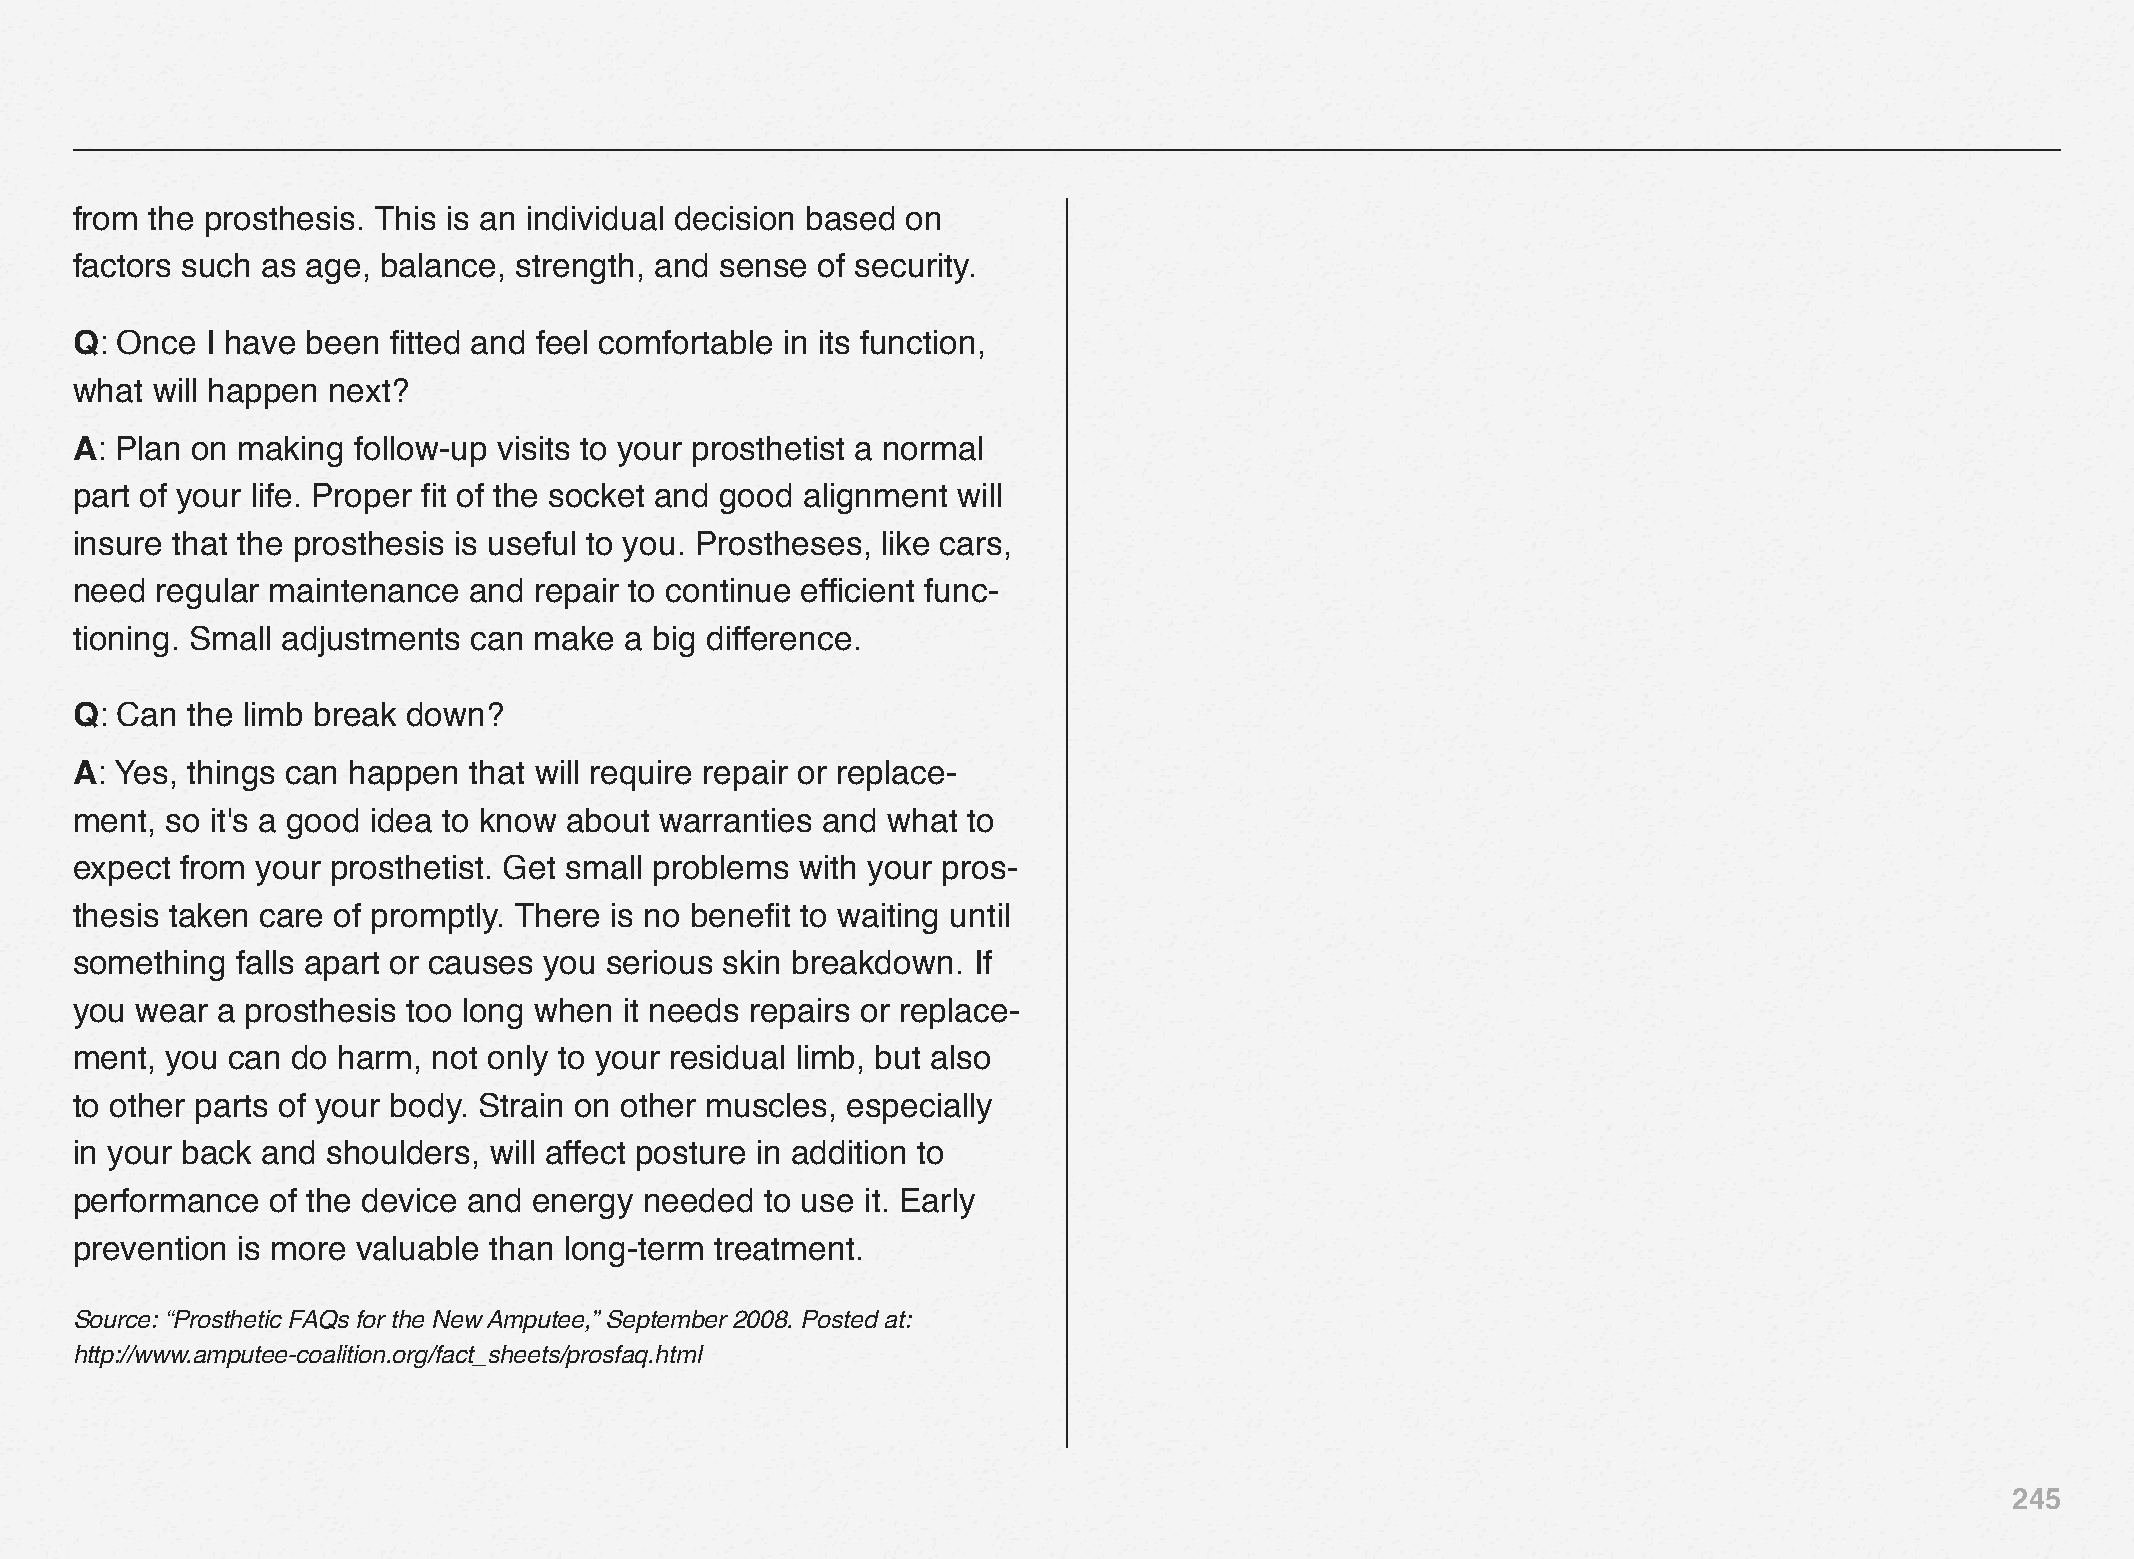
from the prosthesis. This is an individual decision based on
 factors such as age, balance, strength, and sense of security.
 Q: Once  I have been fitted and feel comfortable in its function,
 what will happen next?
 A: Plan on making follow-up visits to your prosthetist a normal
 part of your life. Proper fit of the socket and good alignment will
 insure that the prosthesis is useful to you. Prostheses, like cars,
 need regular maintenance  and repair to continue efficient func-
 tioning. Small adjustments can make a big difference.
 Q: Can the limb break down?
 A: Yes, things can happen that will require repair or replace-
 ment, so it's a good idea to know about warranties and what to
 expect from your prosthetist. Get small problems with your pros-
 thesis taken care of promptly. There is no benefit to waiting until
 something  falls apart or causes you serious skin breakdown. If
 you wear a prosthesis too long when it needs repairs or replace-
 ment, you can do harm,  not only to your residual limb, but also
 to other parts of your body. Strain on other muscles, especially
 in your back and shoulders, will affect posture in addition to
 performance  of the device and energy needed  to use it. Early
 prevention is more valuable than long-term treatment.
 Source: “Prosthetic FAQs for the New Amputee,” September 2008. Posted at:
 http://www.amputee-coalition.org/fact_sheets/prosfaq.html
 245